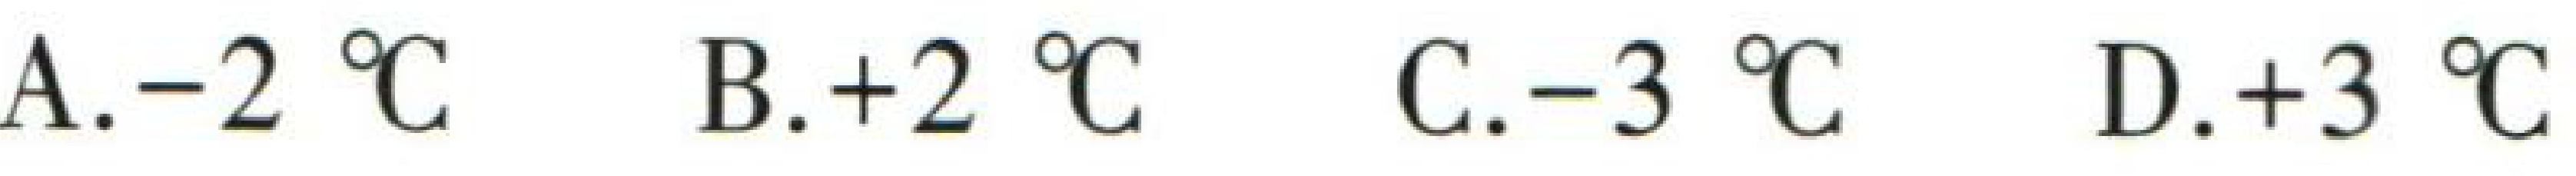
A.$-2\ ^{\circ}\text{C}$ B.$+2\ ^{\circ}\text{C}$ C.$-3\ ^{\circ}\text{C}$ D.$+3\ ^{\circ}\text{C}$